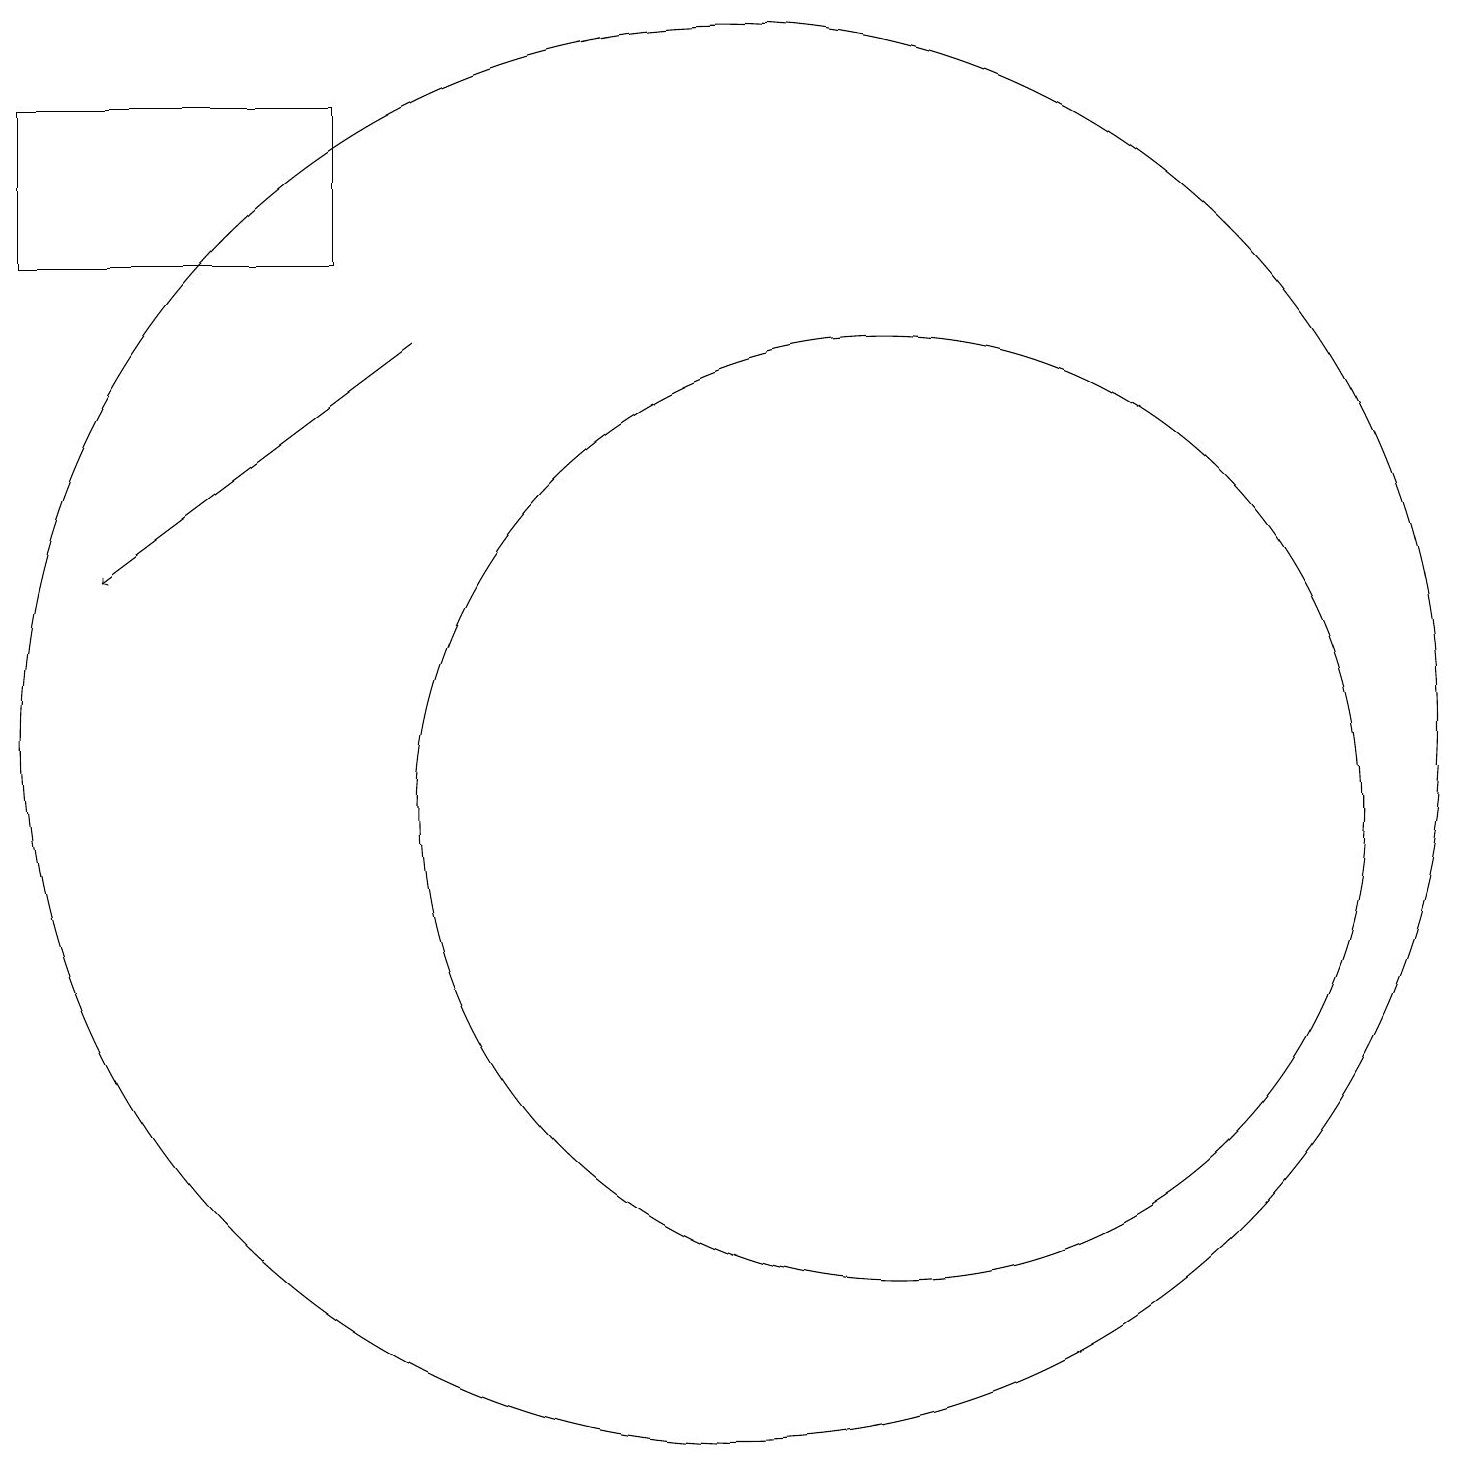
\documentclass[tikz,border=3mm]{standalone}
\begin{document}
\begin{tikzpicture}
\draw (5,19) rectangle (1,17);
\draw (12,10) circle (6);
\draw (10,11) circle (9);
\draw[->] (6,16) -- (2,13);
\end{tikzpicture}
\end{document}